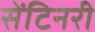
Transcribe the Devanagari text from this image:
सेंटिनरी